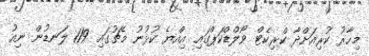
މިހާރު ކުރިއަށްދާ ކްރިކެޓް ވޯލްޑްކަޕްގައި އިއްޔެ ކުޅުނު މެޗުގައި 119 ލަނޑުން ނިއު